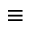
\equiv